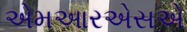
એમઆરએસએ